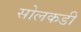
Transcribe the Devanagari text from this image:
सोलकडी